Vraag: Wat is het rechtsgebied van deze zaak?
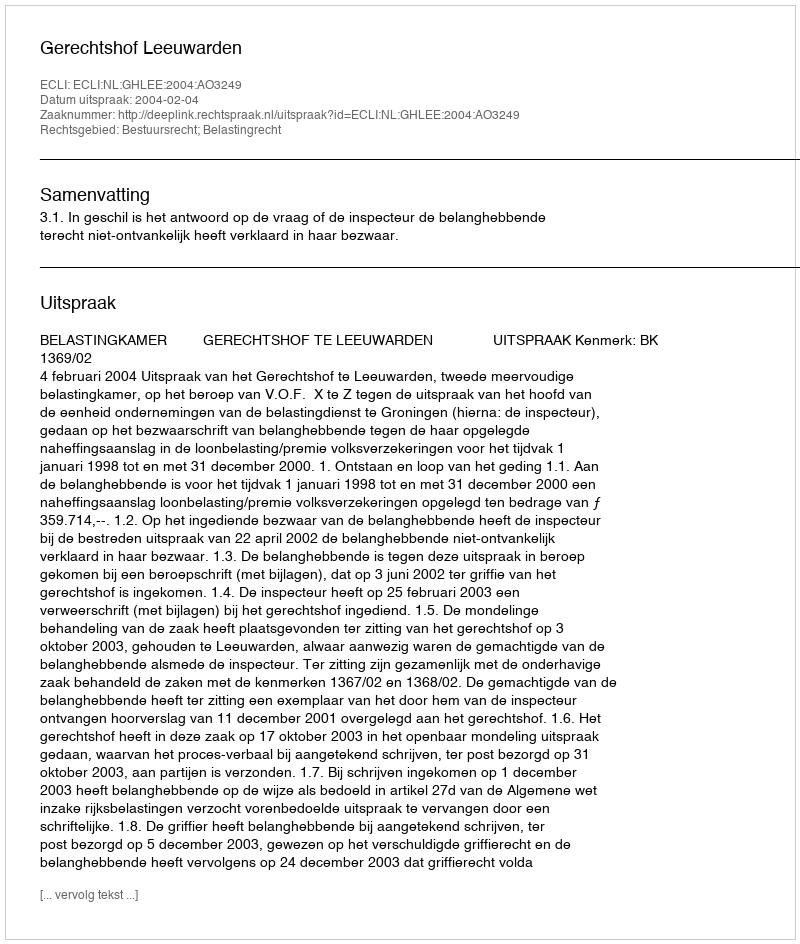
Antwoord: Bestuursrecht; Belastingrecht